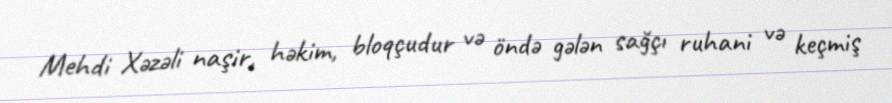
Mehdi Xəzəli naşir, həkim, bloqçudur və öndə gələn sağçı ruhani və keçmiş